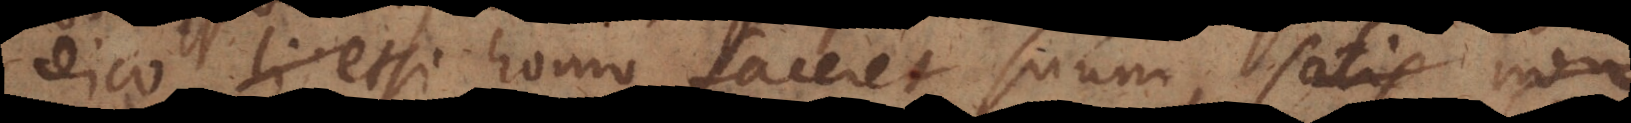
dico etsi homo faceret suum, satis non